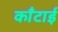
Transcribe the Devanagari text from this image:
काँटाई